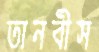
তানবীস